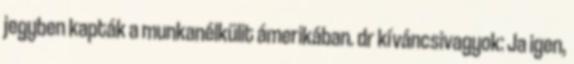
jegyben kapták a munkanélkülit ámerikában. dr kíváncsivagyok: Ja igen,